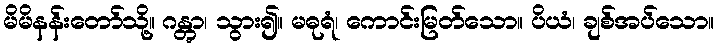
မိမိနန်းတော်သို့။ ဂန္တွာ၊ သွား၍။ မဓုရံ၊ ကောင်းမြတ်သော။ ပိယံ၊ ချစ်အပ်သော။